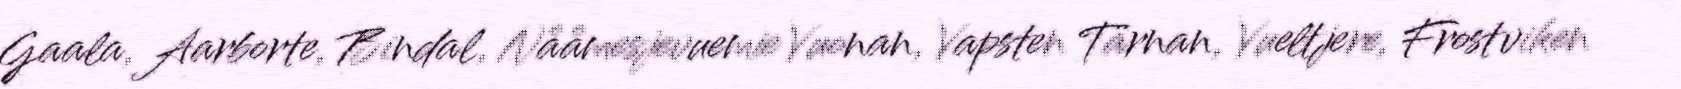
Gaala, Aarborte, Bindal, Nååmesjevuemie Vuonan, Vapsten Tärnan, Vueltjere, Frostviken